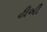
ટીબી